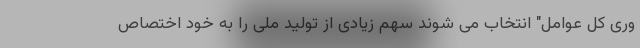
وری کل عوامل" انتخاب می شوند سهم زیادی از تولید ملی را به خود اختصاص